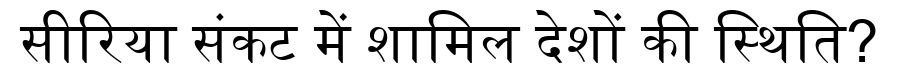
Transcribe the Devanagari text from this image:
सीरिया संकट में शामिल देशों की स्थिति?